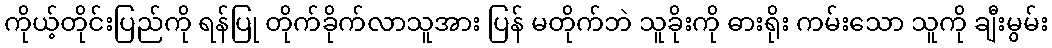
ကိုယ့်တိုင်းပြည်ကို ရန်ပြု တိုက်ခိုက်လာသူအား ပြန် မတိုက်ဘဲ သူခိုးကို ဓားရိုး ကမ်းသော သူကို ချီးမွမ်း